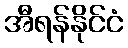
အီရန်နိုင်ငံ